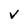
Character: v